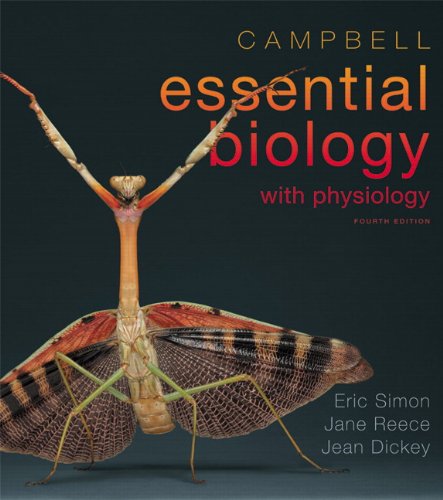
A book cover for Campbell Essential Biology with Physiology (4th Edition); Eric J. Simon; Medical Books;